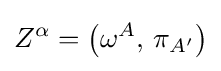
Z^{\alpha }=\left(\omega ^{A},\,\pi _{A'}\right)